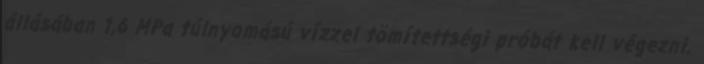
állásában 1,6 MPa túlnyomású vízzel tömítettségi próbát kell végezni.